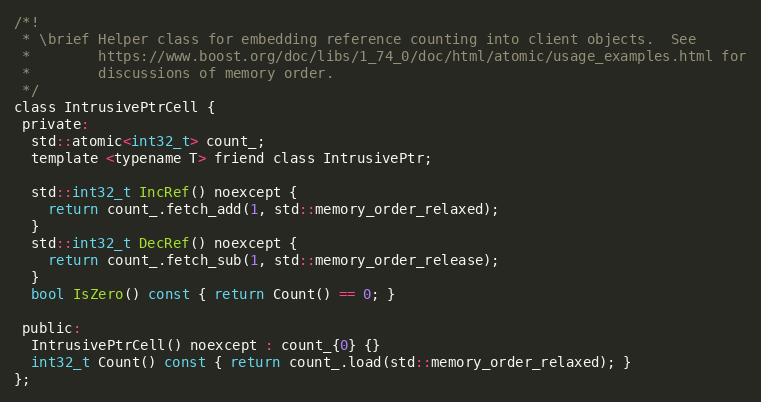
Language: C
/*!
 * \brief Helper class for embedding reference counting into client objects.  See
 *        https://www.boost.org/doc/libs/1_74_0/doc/html/atomic/usage_examples.html for
 *        discussions of memory order.
 */
class IntrusivePtrCell {
 private:
  std::atomic<int32_t> count_;
  template <typename T> friend class IntrusivePtr;

  std::int32_t IncRef() noexcept {
    return count_.fetch_add(1, std::memory_order_relaxed);
  }
  std::int32_t DecRef() noexcept {
    return count_.fetch_sub(1, std::memory_order_release);
  }
  bool IsZero() const { return Count() == 0; }

 public:
  IntrusivePtrCell() noexcept : count_{0} {}
  int32_t Count() const { return count_.load(std::memory_order_relaxed); }
};